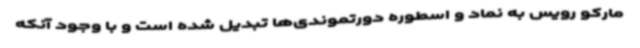
مارکو رویس به نماد و اسطوره دورتموندی‌ها تبدیل شده است و با وجود آنکه